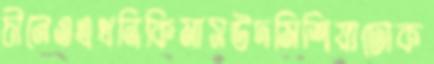
চীনেওএথনিকিমাসউদমিশিয়াঢোক